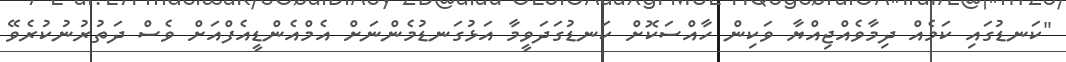
"ކަނޑުގައި ކަމެއް ދިމާވެއްޖިއްޔާ ވަކިން ހާއްސަކޮށް ކަނޑުގަދަވީމާ އަޅުގަނޑުމެންނަށް އެމްއެންޑީއެފްއަށް ވެސް ދަތުރުނުކުރެވޭ